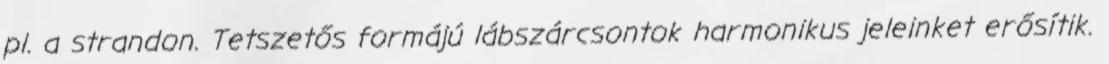
pl. a strandon. Tetszetős formájú lábszárcsontok harmonikus jeleinket erősítik.